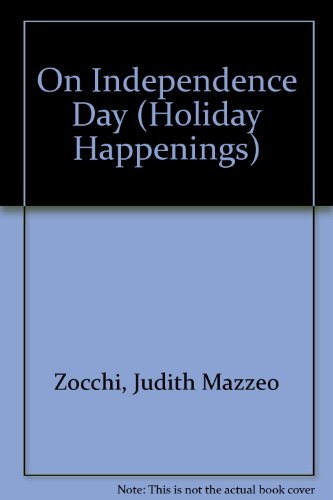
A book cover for On Independence Day (Holiday Happenings); Judith Mazzeo Zocchi; Children's Books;